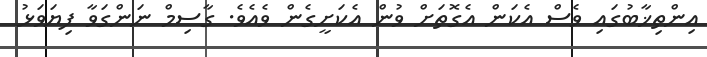
އިންތިޚާބުގައި ވެސް އެކަން އެގޮތަށް ވުން އެކަށީގެން ވެއެވެ. ގާސިމް ނަންގަވާ ފިޔަވަޅު